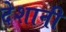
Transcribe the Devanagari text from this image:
देशानी